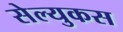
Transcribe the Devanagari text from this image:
सेल्‍युकस